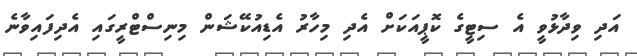
އަދި ވިދާޅުވީ އެ ސިޓީގެ ކޮޕީއަކަށް އެދި މިހާރު އެޑިއުކޭޝަން މިނިސްޓްރީގައި އެދިފައިވާނެ